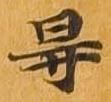
碍